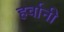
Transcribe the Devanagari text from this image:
हर्वानी